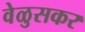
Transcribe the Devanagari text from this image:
वेळुसकर